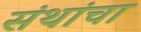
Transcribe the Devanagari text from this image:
संथांचा